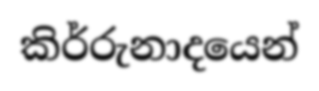
කිර්රුනාදයෙන්